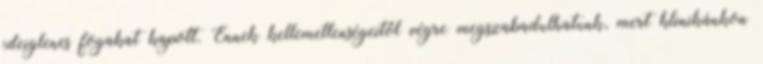
ideiglenes fogakat kapott. Ennek kellemetlenségeitől végre megszabadulhatunk, mert klinikánkon